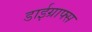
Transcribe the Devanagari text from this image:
डाईग्राफ्स